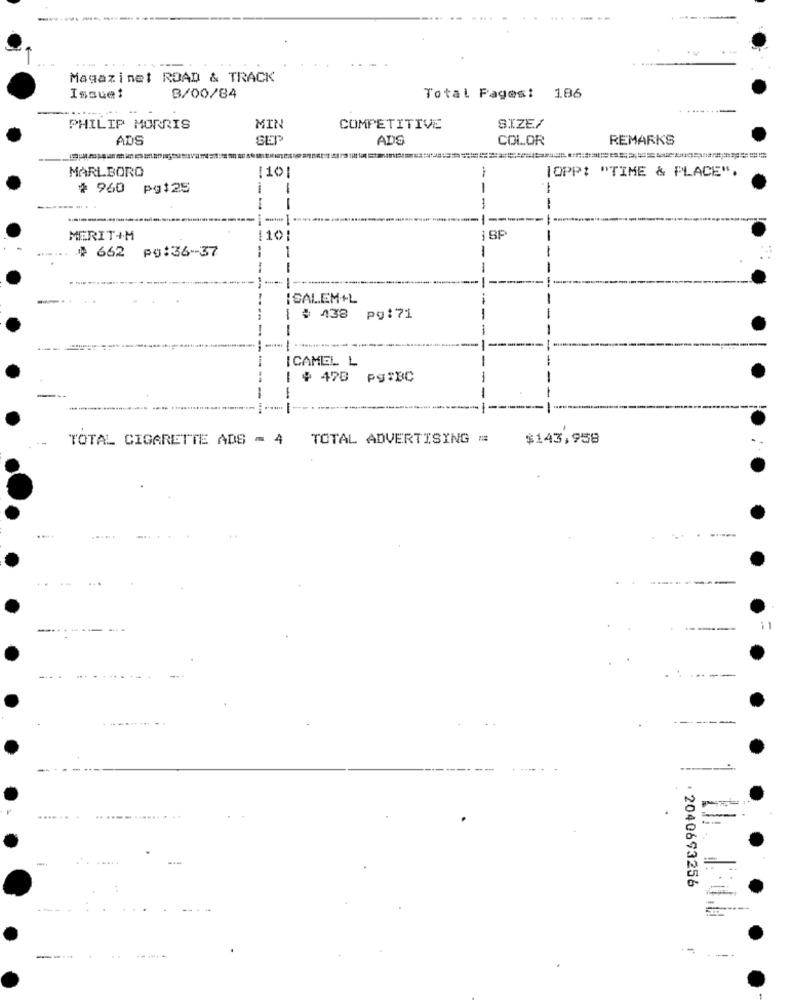
Magazinet ROAD & TRACK
Issue:
B/00/84
Total Pages: 186
PHILIP MORRIS
MIN
COMPETITIVE
SIZE/
ADS
SET
ADS
COLOR
REMARKS
MARLBORO
-
OPP: "TIME & PLACE".
110
# 960 pg$25
--
---
-
-
------
MERIT+M
---
10
-
₩ 662
pg:36-37
--
-
-
---
-
SALEM+L
$ 438 pg:71
ICAMEL L
| # 478 pg$BC
-
TOTAL CIGARETTE ADS - 4
TOTAL ADVERTISING =
$143,958
------
----
------
.------
.
.... .. .
.............. ..
=
· 2040693256
--
---
--...